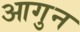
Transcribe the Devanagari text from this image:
आगुन